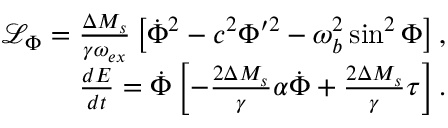
\begin{array} { r } { \mathcal { L } _ { \Phi } = \frac { \Delta M _ { s } } { \gamma \omega _ { e x } } \left[ \dot { \Phi } ^ { 2 } - c ^ { 2 } \Phi ^ { \prime 2 } - \omega _ { b } ^ { 2 } \sin ^ { 2 } \Phi \right] , } \\ { \frac { d E } { d t } = \dot { \Phi } \left[ - \frac { 2 \Delta M _ { s } } { \gamma } \alpha \dot { \Phi } + \frac { 2 \Delta M _ { s } } { \gamma } \tau \right] . } \end{array}